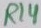
Text: R14